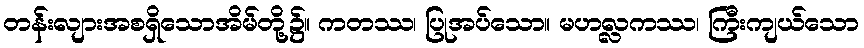
တန်းလျားအစရှိသောအိမ်တို့၌။ ကတဿ၊ ပြုအပ်သော။ မဟလ္လကဿ၊ ကြီးကျယ်သော